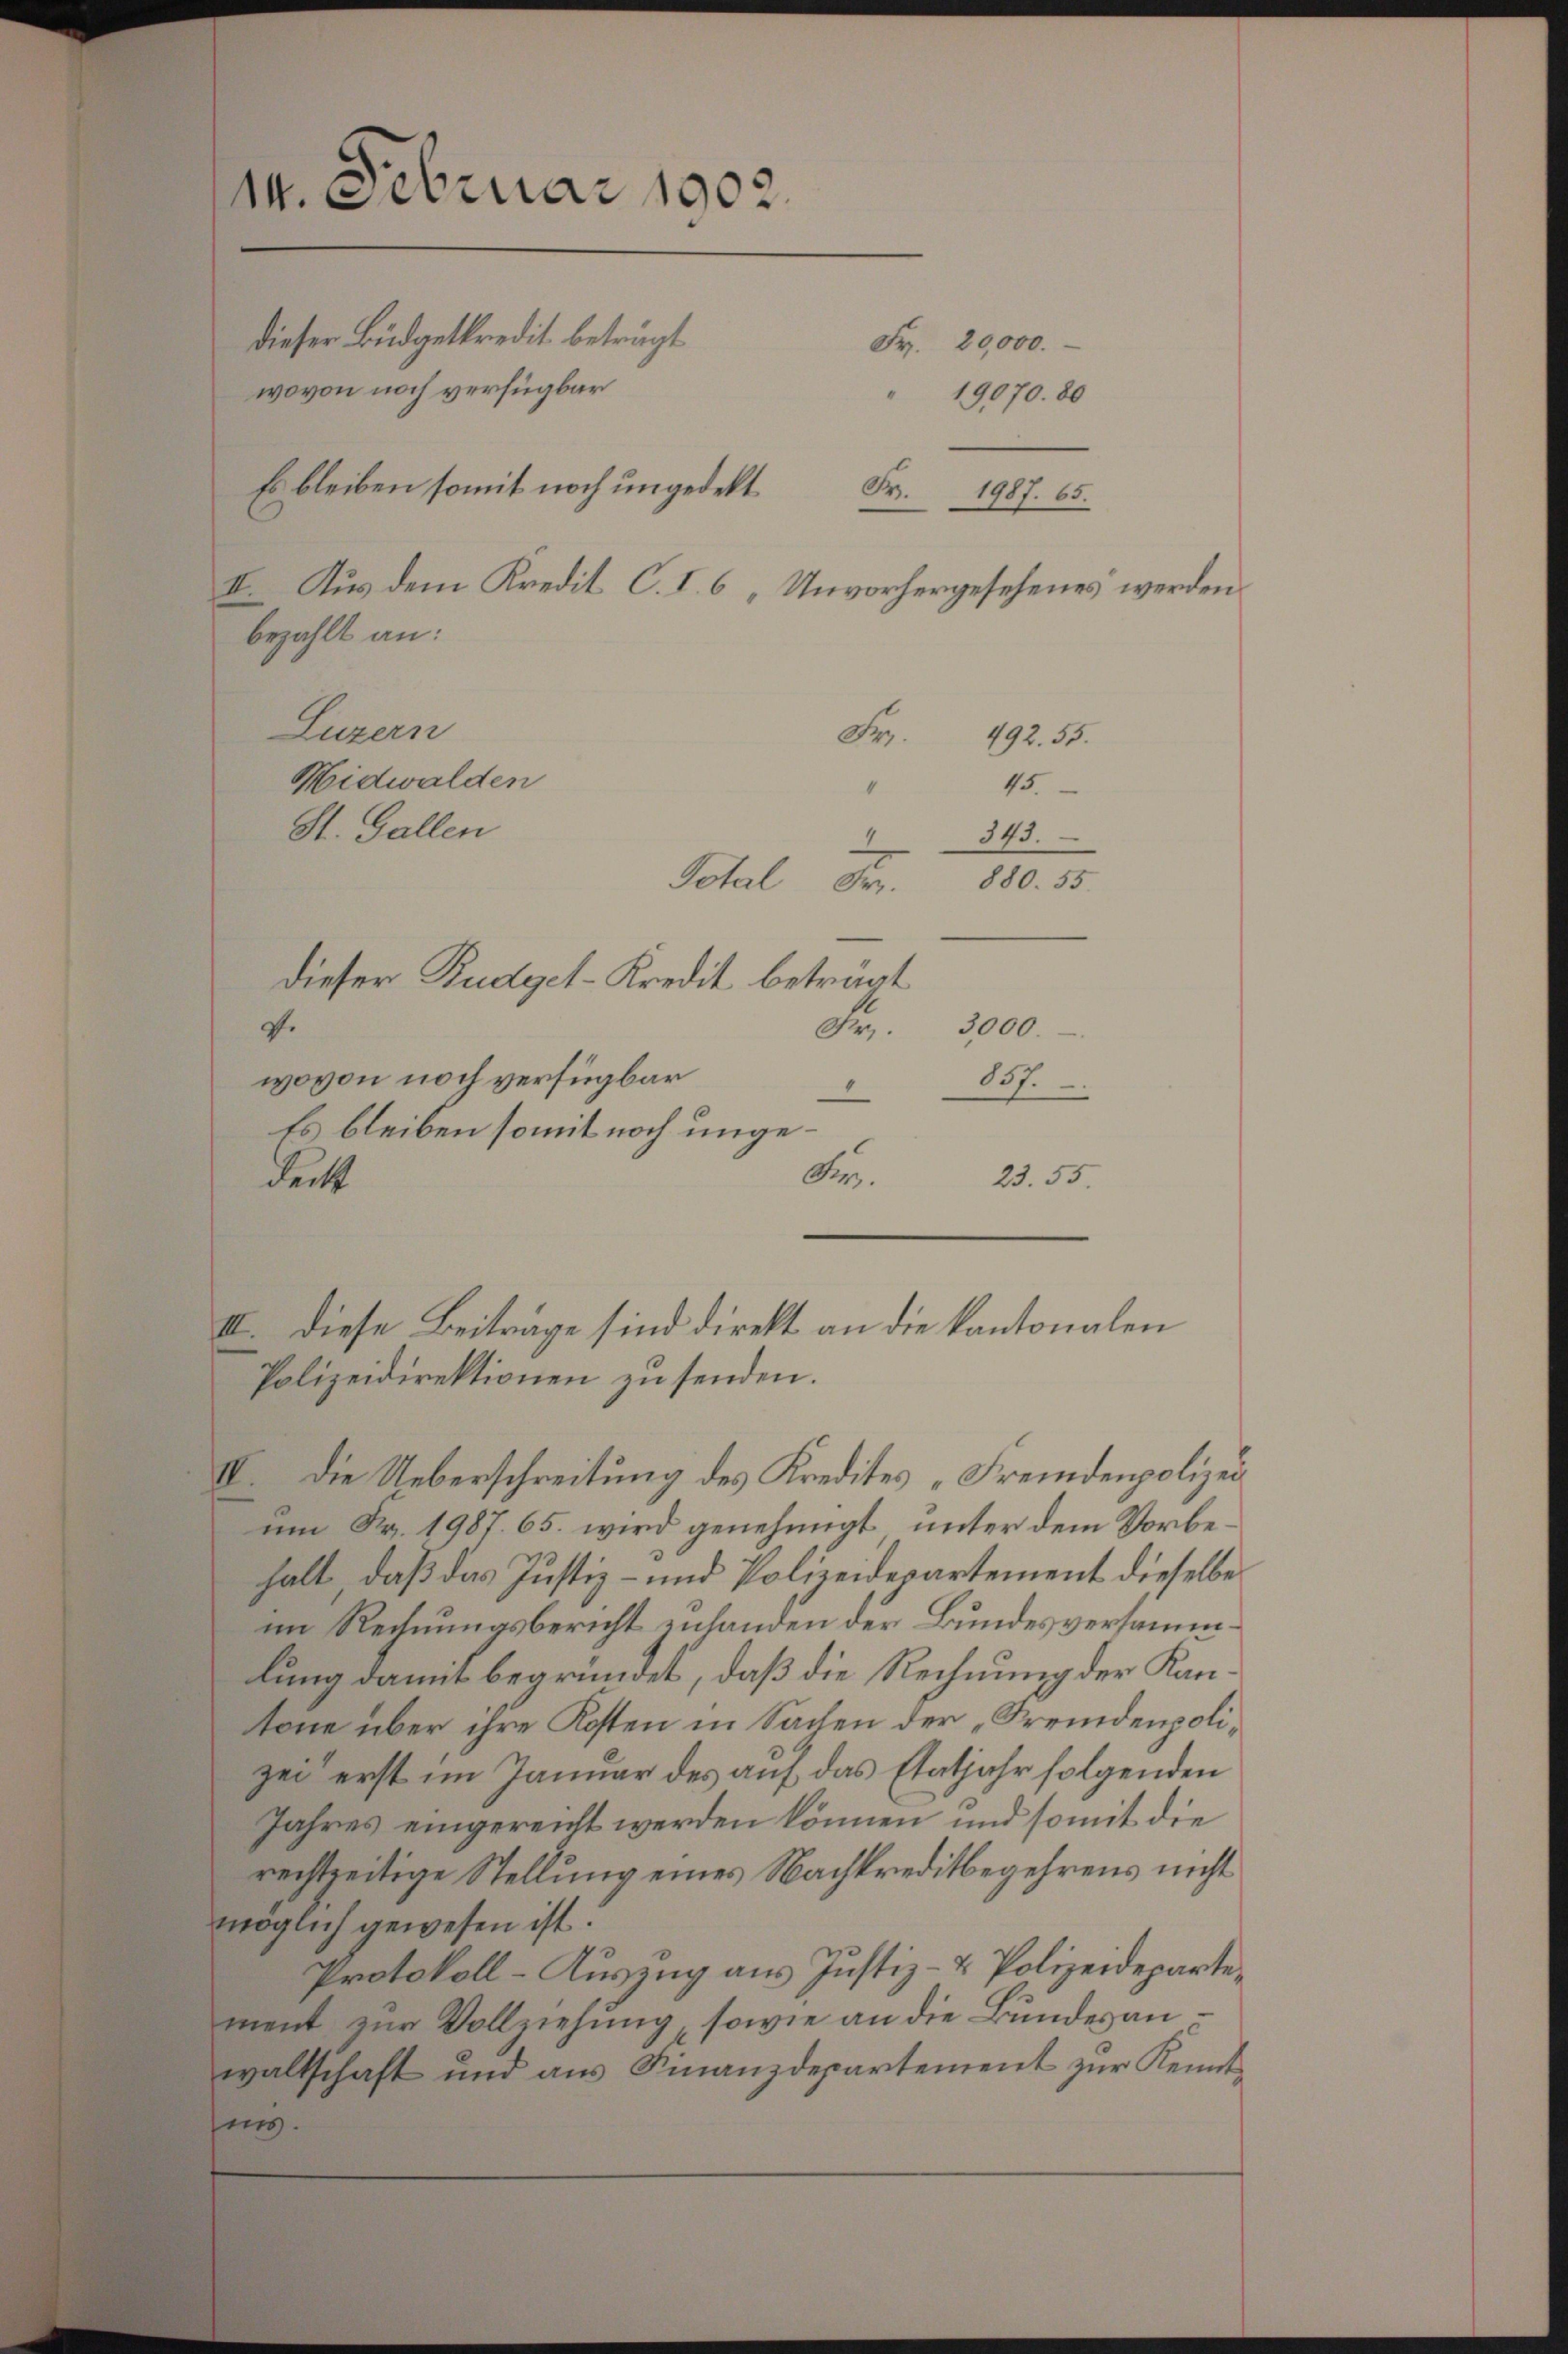
14. Februar 1902.
dieser Büdgetkredit beträgt
Fr. 20,000.
wovon noch verfügbar
Es bleiben somit noch ungedekt. 1987. 65.
II. Aus dem Kredit C. I. 6 „Unvorhergesehenes werden.
bezahlt an:
Luzern
Fr. 492. 55.
Hidwalden
45.
4
St. Gallen
343.
Total Fr. 880. 55
dieser Budget-Kredit beträgt
v.
Fr.
3000.

137.
1
IV. Die Ueberschreitung des Kredites „Fremdenpolizei
um Fr. 1987. 65. wird genehmigt, unter dem Vorbehalt, daß das Justiz- und Polizeidepartement dieselbe
im Rechnungsbericht enhanden der Bundesversammlung damit begründet, daß die Rechnung der Kantone über ihre Kosten in Sachen der „Fremdenpolizei erst im Januar des auf das Etatjahr folgenden
Jahres eingereicht werden können, und somit die
rechtseitige Stellung eines Nachkreditbegehrens nicht
möglich gewesen ist.
Protokoll-Auszug aus Justiz- & Polizeidepartement zŭr Vollziehung, sowie an die Bundes an.
waltschaft und aŭs Finanzdepartement zŭr Kennt
ins.

wovon noch verfügbar

Es bleiben somit noch ungede.
23.55.
deckt
III. Diese Beiträge sind direkt an die kantonalen
Polizeidirektionen zu senden.

19070. 80